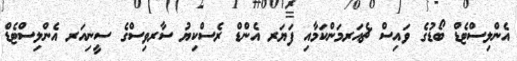
އެންލިސްޓެޑް ބޯޑުގެ ވައިސް ޗެއަރމަންކަމާއި ފަޔަރ އެންޑް ރެސްކިޔު ސާރވިސްގެ ސީނިއަރ އެންލިސްޓެޑް